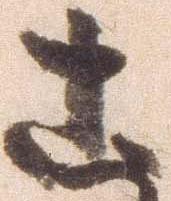
こ